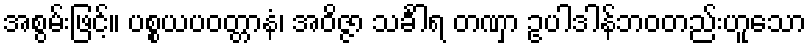
အစွမ်းဖြင့်။ ပစ္စယပဝတ္တာနံ၊ အဝိဇ္ဇာ သင်္ခါရ တဏှာ ဥပါဒါန်ဘဝတည်းဟူသော